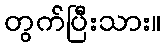
တွက်ပြီးသား။